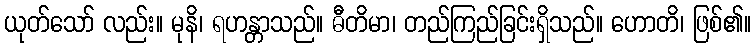
ယုတ်သော် လည်း။ မုနိ၊ ရဟန္တာသည်။ ဓီတိမာ၊ တည်ကြည်ခြင်းရှိသည်။ ဟောတိ၊ ဖြစ်၏။